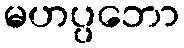
မဟပ္ပဘော